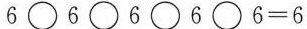
6\Box6\Box6\Box6\Box6=6